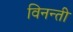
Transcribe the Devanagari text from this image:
विनन्ती